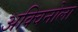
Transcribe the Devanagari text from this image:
अक्विनोला